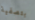
بتصفية